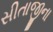
સીતાજીના